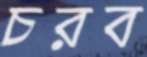
চরব